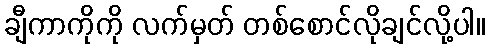
ချီကာကိုကို လက်မှတ် တစ်စောင်လိုချင်လို့ပါ။